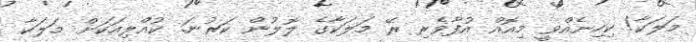
މަލަކާ! ކިހިނެއްވީ މިއޮއް އުފާވެރި ރޭ މަލަކާގެ ލޮލުން ކަރުނަ. ކުއްލިއަކަށް މަލަކާ